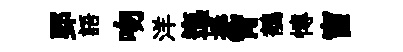
郢語吻洋迤捧宵鶺慱窗